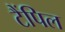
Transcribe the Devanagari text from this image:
टैंपिल